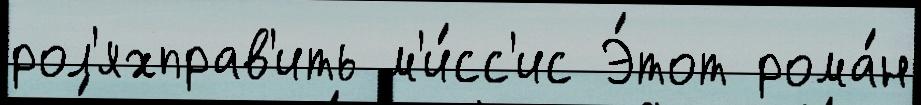
рол'яхправ'ить м'и́сс'ис Э́тот рома́н